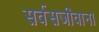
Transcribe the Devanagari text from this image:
सर्वसजीवाना